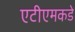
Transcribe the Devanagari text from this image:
एटीएमकडे